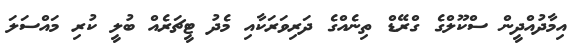
އިމާދުއްދީން ސްކޫލްގެ ގްރޭޑް ތިނެއްގެ ދަރިވަރަކާއި މެދު ޓީޗަރެއް ބުލީ ކުރި މައްސަލަ